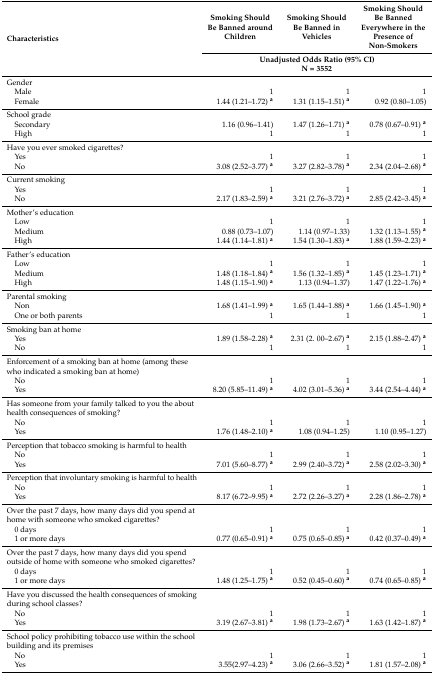
<table><thead><tr><td rowspan="2"><b>Characteristics</b></td><td><b>Smoking Should Be Banned around Children</b></td><td><b>Smoking Should Be Banned in Vehicles</b></td><td><b>Smoking Should Be Banned Everywhere in the Presence of Non-Smokers</b></td></tr><tr><td colspan="3"><b>Unadjusted Odds Ratio (95% CI) N = 3552</b></td></tr></thead><tbody><tr><td>Gender</td><td></td><td></td><td></td></tr><tr><td> Male</td><td>1</td><td>1</td><td>1</td></tr><tr><td> Female</td><td>1.44 (1.21–1.72) <b><sup>a</sup></b></td><td>1.31 (1.15–1.51) <b><sup>a</sup></b></td><td>0.92 (0.80–1.05)</td></tr><tr><td>School grade</td><td></td><td></td><td></td></tr><tr><td> Secondary</td><td>1.16 (0.96–1.41)</td><td>1.47 (1.26–1.71) <b><sup>a</sup></b></td><td>0.78 (0.67–0.91) <b><sup>a</sup></b></td></tr><tr><td> High</td><td>1</td><td>1</td><td>1</td></tr><tr><td>Have you ever smoked cigarettes?</td><td></td><td></td><td></td></tr><tr><td> Yes</td><td>1</td><td>1</td><td>1</td></tr><tr><td> No</td><td>3.08 (2.52–3.77) <b><sup>a</sup></b></td><td>3.27 (2.82–3.78) <b><sup>a</sup></b></td><td>2.34 (2.04–2.68) <b><sup>a</sup></b></td></tr><tr><td>Current smoking</td><td></td><td></td><td></td></tr><tr><td> Yes</td><td>1</td><td>1</td><td>1</td></tr><tr><td> No</td><td>2.17 (1.83–2.59) <b><sup>a</sup></b></td><td>3.21 (2.76–3.72) <b><sup>a</sup></b></td><td>2.85 (2.42–3.45) <b><sup>a</sup></b></td></tr><tr><td>Mother’s education</td><td></td><td></td><td></td></tr><tr><td> Low</td><td>1</td><td>1</td><td>1</td></tr><tr><td> Medium</td><td>0.88 (0.73–1.07)</td><td>1.14 (0.97–1.33)</td><td>1.32 (1.13–1.55) <b><sup>a</sup></b></td></tr><tr><td> High</td><td>1.44 (1.14–1.81) <b><sup>a</sup></b></td><td>1.54 (1.30–1.83) <b><sup>a</sup></b></td><td>1.88 (1.59–2.23) <b><sup>a</sup></b></td></tr><tr><td>Father’s education</td><td></td><td></td><td></td></tr><tr><td> Low</td><td>1</td><td>1</td><td>1</td></tr><tr><td> Medium</td><td>1.48 (1.18–1.84) <b><sup>a</sup></b></td><td>1.56 (1.32–1.85) <b><sup>a</sup></b></td><td>1.45 (1.23–1.71) <b><sup>a</sup></b></td></tr><tr><td> High</td><td>1.48 (1.15–1.90) <b><sup>a</sup></b></td><td>1.13 (0.94–1.37)</td><td>1.47 (1.22–1.76) <b><sup>a</sup></b></td></tr><tr><td>Parental smoking</td><td></td><td></td><td></td></tr><tr><td> Non</td><td>1.68 (1.41–1.99) <b><sup>a</sup></b></td><td>1.65 (1.44–1.88) <b><sup>a</sup></b></td><td>1.66 (1.45–1.90) <b><sup>a</sup></b></td></tr><tr><td> One or both parents</td><td>1</td><td>1</td><td>1</td></tr><tr><td>Smoking ban at home</td><td></td><td></td><td></td></tr><tr><td> Yes</td><td>1.89 (1.58–2.28) <b><sup>a</sup></b></td><td>2.31 (2. 00–2.67) <b><sup>a</sup></b></td><td>2.15 (1.88–2.47) <b><sup>a</sup></b></td></tr><tr><td> No</td><td>1</td><td>1</td><td>1</td></tr><tr><td>Enforcement of a smoking ban at home (among these who indicated a smoking ban at home)</td><td></td><td></td><td></td></tr><tr><td> No</td><td>1</td><td>1</td><td>1</td></tr><tr><td> Yes</td><td>8.20 (5.85–11.49) <b><sup>a</sup></b></td><td>4.02 (3.01–5.36) <b><sup>a</sup></b></td><td>3.44 (2.54–4.44) <b><sup>a</sup></b></td></tr><tr><td>Has someone from your family talked to you the about health consequences of smoking?</td><td></td><td></td><td></td></tr><tr><td> No</td><td>1</td><td>1</td><td>1</td></tr><tr><td> Yes</td><td>1.76 (1.48–2.10) <b><sup>a</sup></b></td><td>1.08 (0.94–1.25)</td><td>1.10 (0.95–1.27)</td></tr><tr><td>Perception that tobacco smoking is harmful to health</td><td></td><td></td><td></td></tr><tr><td> No</td><td>1</td><td>1</td><td>1</td></tr><tr><td> Yes</td><td>7.01 (5.60–8.77) <b><sup>a</sup></b></td><td>2.99 (2.40–3.72) <b><sup>a</sup></b></td><td>2.58 (2.02–3.30) <b><sup>a</sup></b></td></tr><tr><td>Perception that involuntary smoking is harmful to health</td><td></td><td></td><td></td></tr><tr><td> No</td><td>1</td><td>1</td><td>1</td></tr><tr><td> Yes</td><td>8.17 (6.72–9.95) <b><sup>a</sup></b></td><td>2.72 (2.26–3.27) <b><sup>a</sup></b></td><td>2.28 (1.86–2.78) <b><sup>a</sup></b></td></tr><tr><td>Over the past 7 days, how many days did you spend at home with someone who smoked cigarettes?</td><td></td><td></td><td></td></tr><tr><td> 0 days</td><td>1</td><td>1</td><td>1</td></tr><tr><td> 1 or more days</td><td>0.77 (0.65–0.91) <b><sup>a</sup></b></td><td>0.75 (0.65–0.85) <b><sup>a</sup></b></td><td>0.42 (0.37–0.49) <b><sup>a</sup></b></td></tr><tr><td>Over the past 7 days, how many days did you spend outside of home with someone who smoked cigarettes?</td><td></td><td></td><td></td></tr><tr><td> 0 days</td><td>1</td><td>1</td><td>1</td></tr><tr><td> 1 or more days</td><td>1.48 (1.25–1.75) <b><sup>a</sup></b></td><td>0.52 (0.45–0.60) <b><sup>a</sup></b></td><td>0.74 (0.65–0.85) <b><sup>a</sup></b></td></tr><tr><td>Have you discussed the health consequences of smoking during school classes?</td><td></td><td></td><td></td></tr><tr><td> No</td><td>1</td><td>1</td><td>1</td></tr><tr><td> Yes</td><td>3.19 (2.67–3.81) <b><sup>a</sup></b></td><td>1.98 (1.73–2.67) <b><sup>a</sup></b></td><td>1.63 (1.42–1.87) <b><sup>a</sup></b></td></tr><tr><td>School policy prohibiting tobacco use within the school building and its premises</td><td></td><td></td><td></td></tr><tr><td> No</td><td>1</td><td>1</td><td>1</td></tr><tr><td> Yes</td><td>3.55(2.97–4.23) <b><sup>a</sup></b></td><td>3.06 (2.66–3.52) <b><sup>a</sup></b></td><td>1.81 (1.57–2.08) <b><sup>a</sup></b></td></tr></tbody></table>